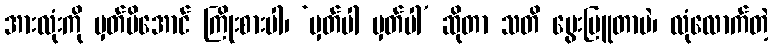
အားလုံးကို မှတ်မိအောင် ကြိုးစားပါ၊ ‘မှတ်ပါ မှတ်ပါ’ ဆိုတာ သတိ မွေးမြူတာပဲ၊ လုံလောက်တဲ့